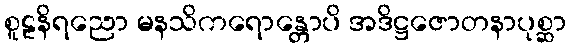
စူဠနိရညော မနသိကရောန္တောပိ အဒိဋ္ဌဇောတနာပုစ္ဆာ